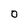
Character: 0